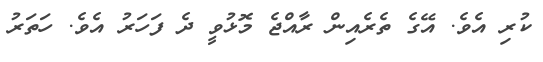
ކުރި އެވެ. އޭގެ ތެރެއިން ރާއްޖެ މޮޅުވީ ދެ ފަހަރު އެވެ. ހަތަރު